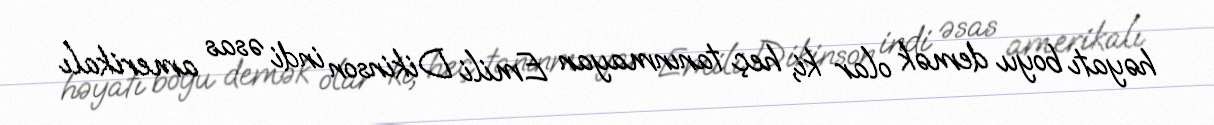
həyatı boyu demək olar ki, heç tanınmayan Emili Dikinson indi əsas amerikalı